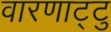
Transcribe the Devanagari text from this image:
वारणाट्टु